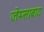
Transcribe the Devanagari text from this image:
जेम्साबाद